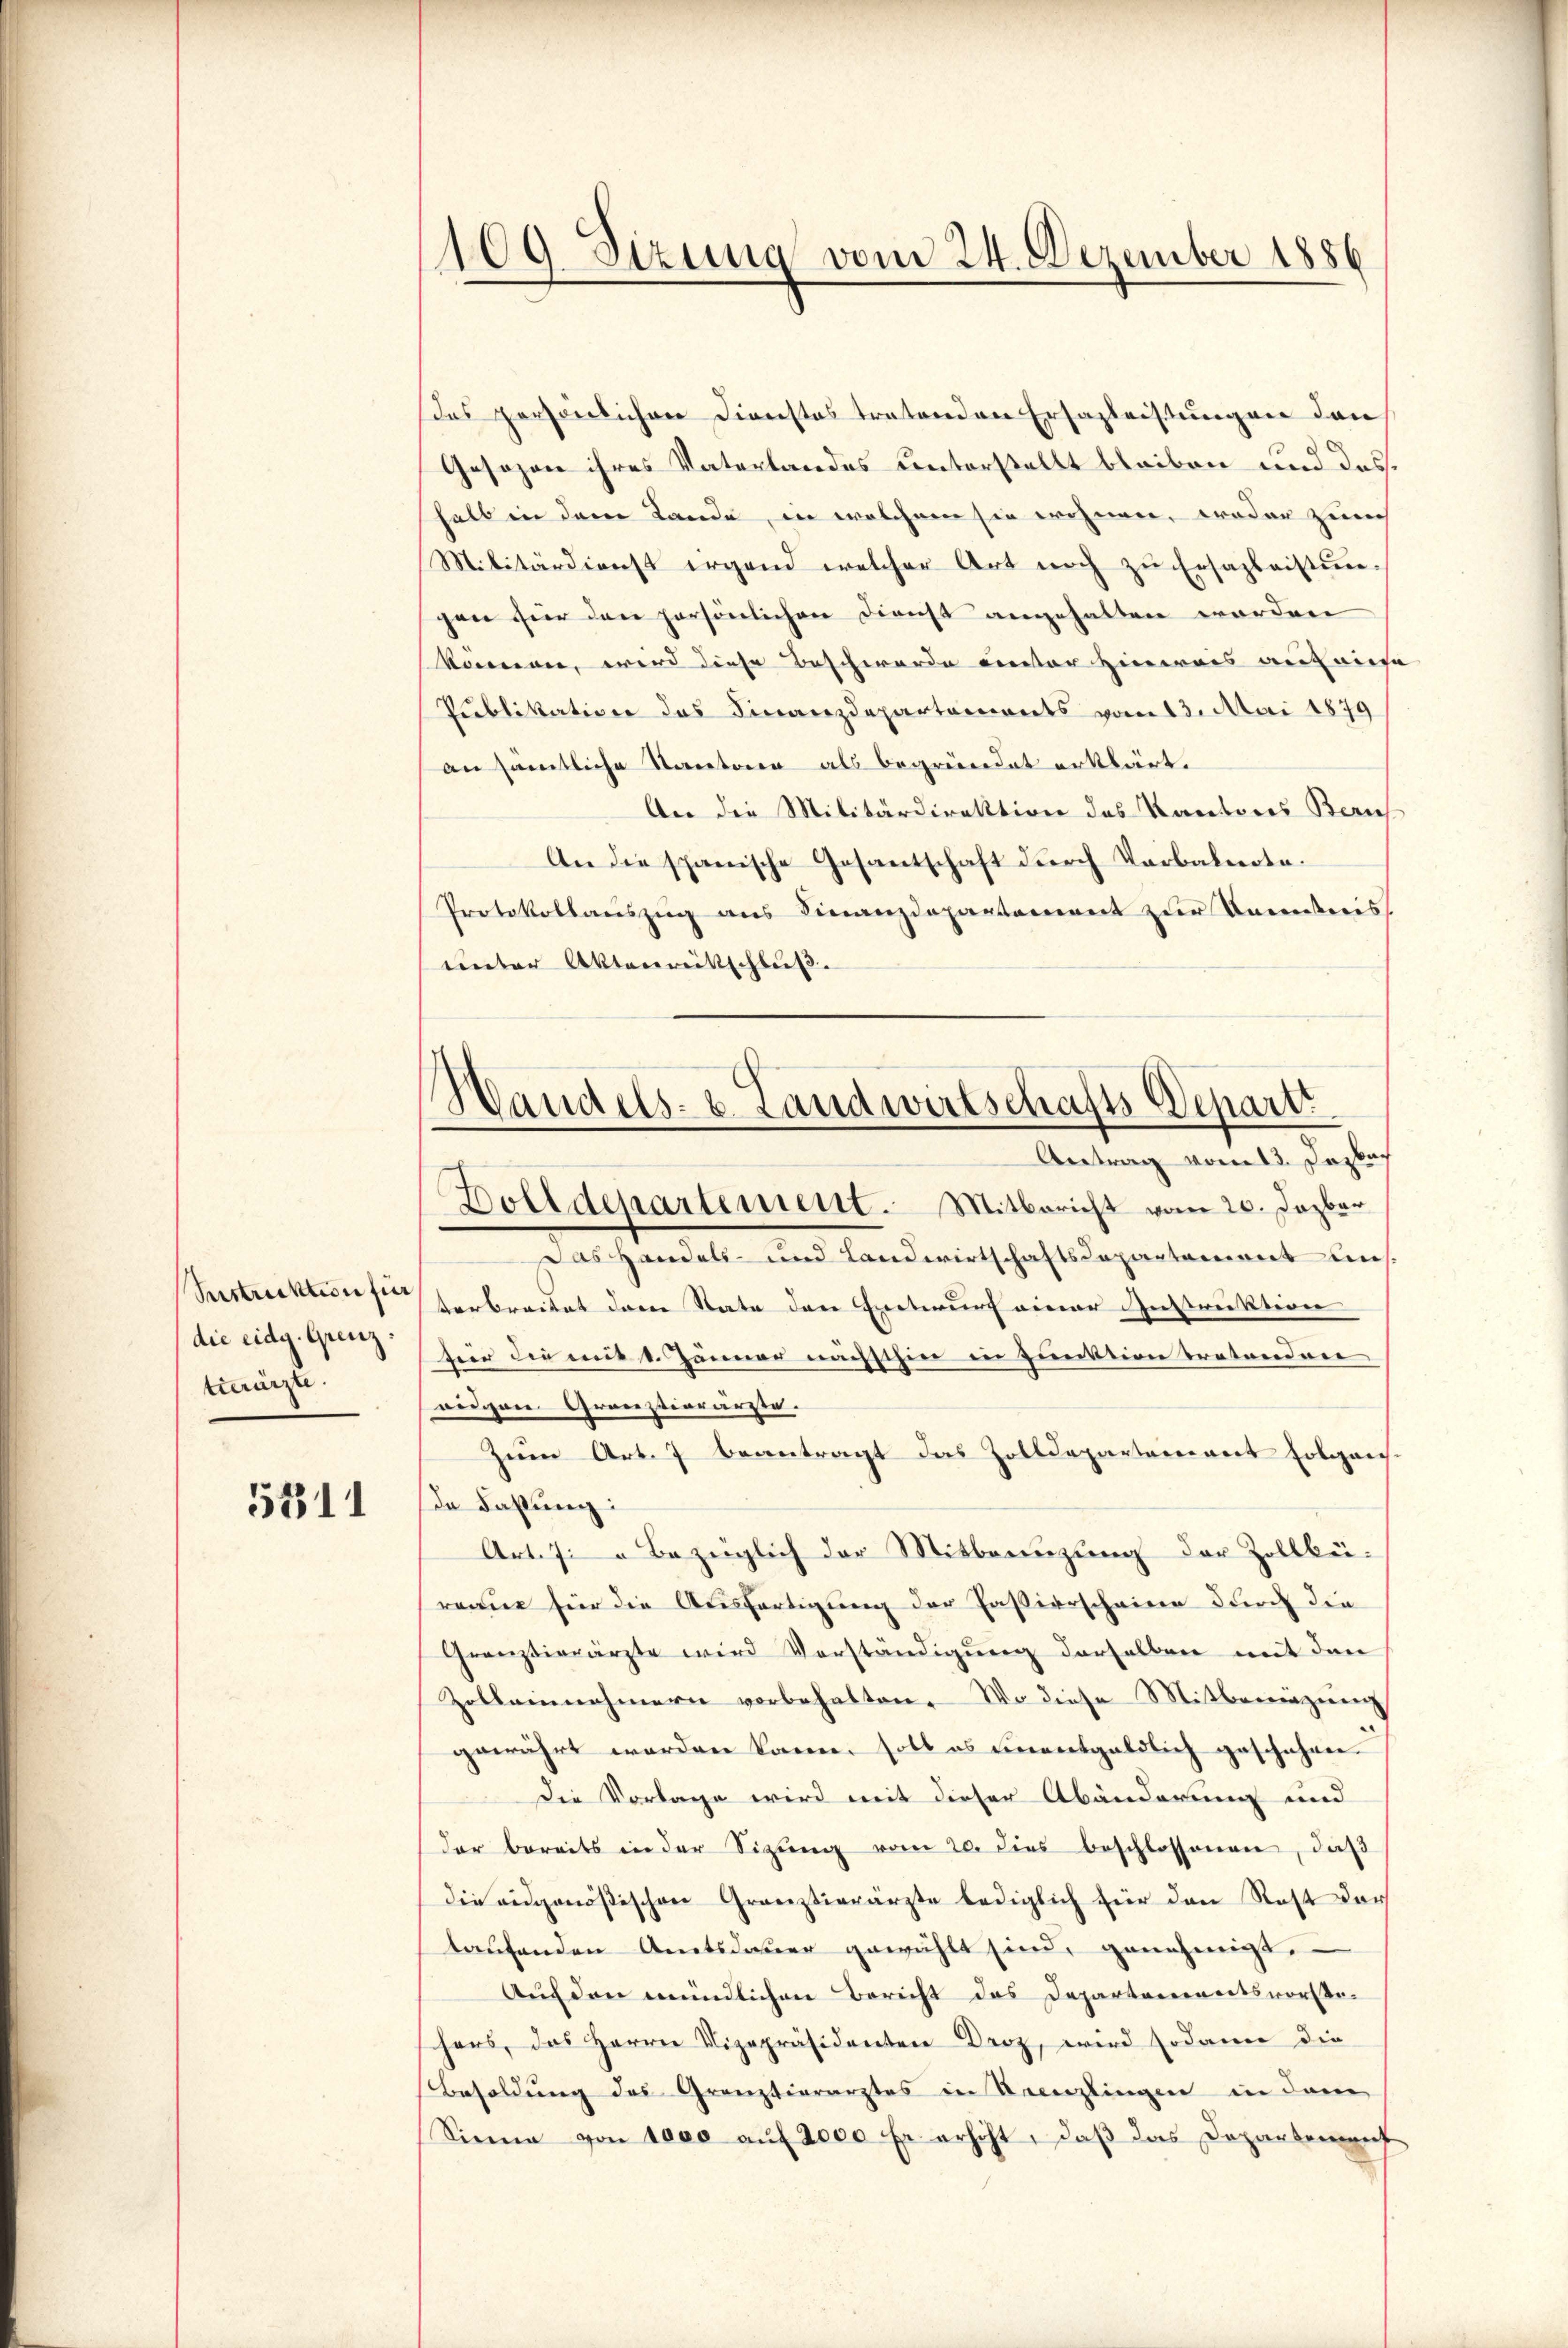
Sestruktion für
die eidg. Grenz.
tuerärzte.

5311

109 Sizung vom 24. Dezember 1886

Das persönlichen Dienstes tratenden Ersazleistungen den
Gesezen ihres Vaterlandes unterstellt bleiben und das
halb in dem Lande, in welchem sie wohnen, woder zürch
Militärdienst irgend welcher Art noch zŭ Ersazleistungen für den persönlichen Dienst angehalten worden
komnen, wird diese Beschwerde unter Hinweis auf eine
Publikation das Finanzdepartements vom 13. Mai 1879
an sämtliche Kantoren als begründet erklärt.
An die Militärdirektion des Kantons Beruf
An die spanische Gesantschaft durch Verbalnote.
Protokollauszug aus Finanzdepartement zur Kenntnis
unter Aktenrittschluß.
Das Handels- und Landwirtschaftsdepartement uns.
terbreitet dem Rate den Entwurf einer Instruktion
für die mit 1. Jänner nächsthin in Punktion tretenden
reigen Granzierärzte.
zum Art. 7 beantragt das Zolldepartement folgen-
de Fakung:
Art. 7: „Bezüglich der Mitbrenzung der Zollbe-
reau für die Ausfertigung der Passierscheine durch die
Grenztierärzte wird Verständigung derselben mit den
Zolleinehmern vorbehalten. Wo diese Mitberingung
gewährt worden kann, soll es einentgeldlich geschehen.
Die Vorlage wird mit dieser Abänderung und
der bereits in der Sitzŭng vom 20. dies beschlossenen, daß
die eidgenößischen Granzierärzte lediglich für den Rest dar
taufenden Amtsdauer gewählt sind, genehmigt,
Auf den mündlichen Bericht das Departementsvorstehers, das Herrn Vizepräsidenten Droz, wird sodann die
Besoldung des Gränztierarztes in Recenzlingen in dam
Sinne von sera auf 2000 Er erhöht, daß das Departement

Handels- u. Landwirtschafts-Departi
Antrag vom 13. Jezbr.
Dolldepartement. Mitbericht vom 20. Dazbar